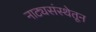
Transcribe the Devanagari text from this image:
नाट्यसंस्थेतून